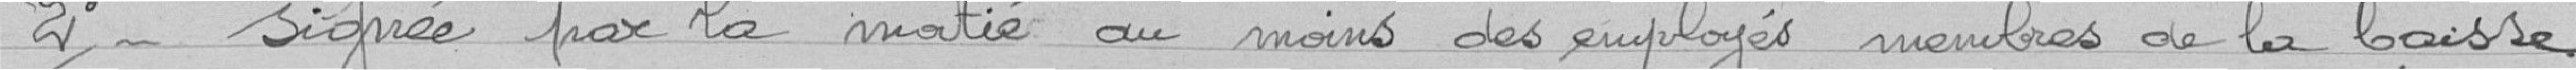
2° - signée par la moitié au moins des employés membres de la Caisse